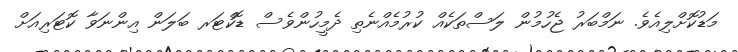
މަޑުކޮށްލިއެވެ. ނަމްބަރު ޖެހުމުން ލަސްތަކެއް ކުރުމެއްނެތި ދެމީހުންވެސް ޑޮކްޓަރ ބަލަން އިންނަވާ ކޮޓަރިއަށް